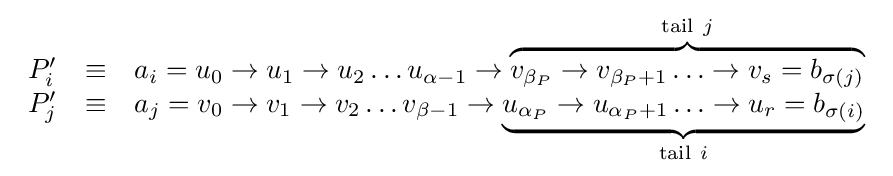
{\begin{array}{rcl}P'_{i}&\equiv &a_{i}=u_{0}\to u_{1}\to u_{2}\ldots u_{\alpha -1}\to \overbrace {v_{\beta _{P}}\to v_{\beta _{P}+1}\ldots \to v_{s}=b_{\sigma (j)}} ^{\mathrm {tail} ~j}\\P'_{j}&\equiv &a_{j}=v_{0}\to v_{1}\to v_{2}\ldots v_{\beta -1}\to \underbrace {u_{\alpha _{P}}\to u_{\alpha _{P}+1}\ldots \to u_{r}=b_{\sigma (i)}} _{\mathrm {tail} ~i}\\\end{array}}